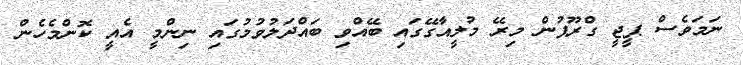
ނަމަވެސް ޕީޖީ ގްރޫޕުން މިރޭ މުލީއާގޭގައި ބޭއްވި ބައްދަލުވުމުގައި ނިންމީ އެއީ ކޮންމެހެން